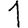
Digit: 1